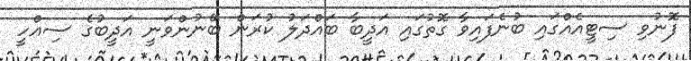
ފޮނުވި ސިޓީއެއްގައި ބުނެފައިވާ ގޮތުގައި އަދީބާ ބައްދަލު ކުރަން ބޭނުންވަނީ އަދީބުގެ ސިއްހީ